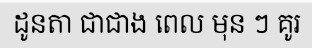
ដូនតា ជាជាង ពេល មុន ៗ គូរ